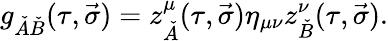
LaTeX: g_{\check{A}\check{B}}(\tau,\vec{\sigma})=z_{\check{A}}^{\mu}(\tau,\vec{\sigma})\eta_{\mu\nu}z_{\check{B}}^{\nu}(\tau,\vec{\sigma}).